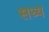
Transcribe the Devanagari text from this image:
सध्य